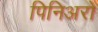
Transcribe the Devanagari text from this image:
पिनिअरो